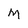
Character: M